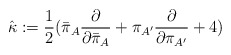
\begin{align*}{\hat \kappa}:={1 \over 2}{({\bar \pi}_{A}{\partial \over \partial {\bar \pi}_{A}}+\pi_{A^\prime}{\partial \over \partial \pi_{A^\prime}}+4)}\end{align*}